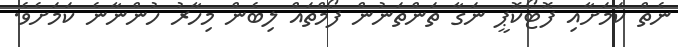
ނެތް ކަމަށާއި ފޮޓޯކޮޕީ ނަގާ ތަންތަނުން ފޯމްތައް ލިބެން މިހާރު ހުންނާނެ ކަމަށެވެ.